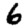
Digit: 6